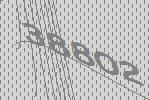
38802